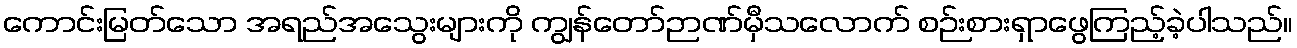
ကောင်းမြတ်သော အရည်အသွေးများကို ကျွန်တော်ဉာဏ်မှီသလောက် စဉ်းစားရှာဖွေကြည့်ခဲ့ပါသည်။